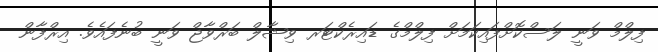
ފިލްމް ވަނީ ލަސްކޮށްފައިކަމަށް ފިލްމްގެ ޑައިރެކްޓަރ ވިޝާލް ބަރްވާޖް ވަނީ ބުނެފައެވެ. އިރްފާން